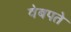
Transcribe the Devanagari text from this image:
वेबपते